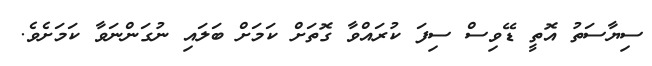
ސިޔާސަތު އޮތީ ޑޭވިސް ސިފަ ކުރައްވާ ގޮތަށް ކަމަށް ބަލައި ނުގަންނަވާ ކަމަށެވެ.